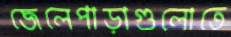
জেলেপাড়াগুলোতে